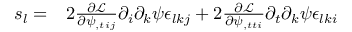
\begin{array} { r l } { s _ { l } = } & { { } 2 \frac { \partial \mathcal L } { \partial \psi _ { , t i j } } \partial _ { i } \partial _ { k } \psi \epsilon _ { l k j } + 2 \frac { \partial \mathcal L } { \partial \psi _ { , t t i } } \partial _ { t } \partial _ { k } \psi \epsilon _ { l k i } } \end{array}